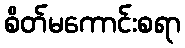
စိတ်မကောင်းစရာ